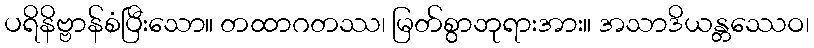
ပရိနိဗ္ဗာန်စံပြီးသော။ တထာဂတဿ၊ မြတ်စွာဘုရားအား။ အသာဒိယန္တဿေဝ၊